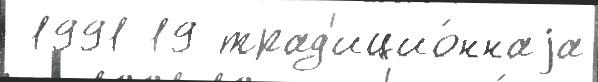
 1991 19 трад'ицио́ннаjа